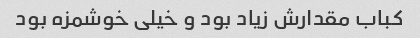
کباب مقدارش زیاد بود و خیلی خوشمزه بود